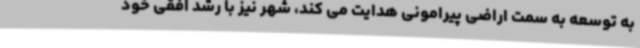
به توسعه به سمت اراضی پیرامونی هدایت می کند، شهر نیز با رشد افقی خود